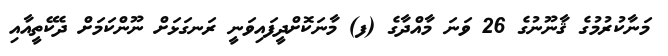
މަނާކުރުމުގެ ޤާނޫނުގެ 26 ވަނަ މާއްދާގެ (ފ) މާނަކޮށްދީފައިވަނީ ރަނގަޅަށް ނޫންކަމަށް ދެކޭތީއާއި